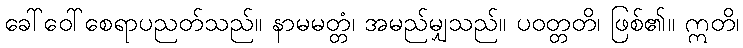
ခေါ်ဝေါ်စေရာပညတ်သည်။ နာမမတ္တံ၊ အမည်မျှသည်။ ပဝတ္တတိ၊ ဖြစ်၏။ ဣတိ၊